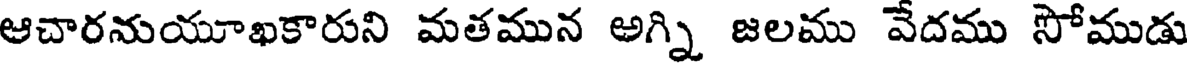
ఆచారనుయూఖకారుని మతమున అగ్ని జలము వేదము సోముడు